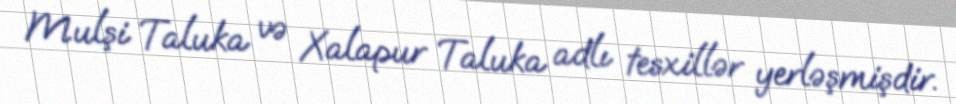
Mulşi Taluka və Xalapur Taluka adlı tesxillər yerləşmişdir.